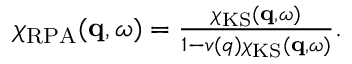
\begin{array} { r } { \chi _ { \mathrm { R P A } } ( \mathbf { q } , \omega ) = \frac { \chi _ { \mathrm { K S } } ( \mathbf { q } , \omega ) } { 1 - v ( q ) \chi _ { \mathrm { K S } } ( \mathbf { q } , \omega ) } . } \end{array}